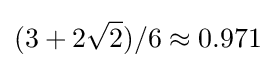
(3+2{\sqrt {2}})/6\approx 0.971